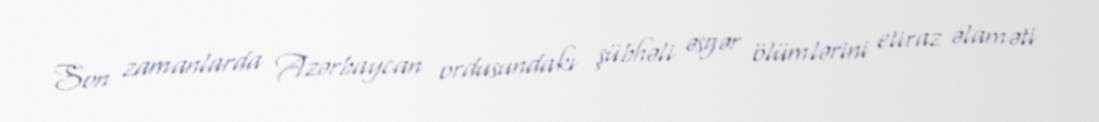
Son zamanlarda Azərbaycan ordusundakı şübhəli əsgər ölümlərini etiraz əlaməti